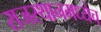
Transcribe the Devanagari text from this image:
राजस्थानमध्येच